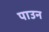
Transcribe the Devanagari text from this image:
पाउन